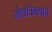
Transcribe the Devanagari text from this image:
मेथोत्रेक्साते